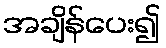
အချိန်ပေး၍